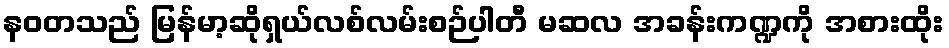
နဝတသည် မြန်မာ့ဆိုရှယ်လစ်လမ်းစဉ်ပါတီ မဆလ အခန်းကဏ္ဍကို အစားထိုး